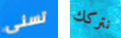
تسنى نتركك